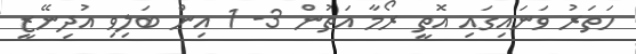
ހަތަރު ވަނައިގައި އޮތީ ރޯމާ އަތުން 3- 1 އިން ބަލިވި އުދިނޭޒީ